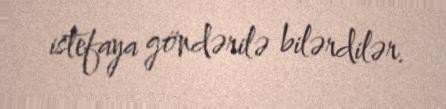
istefaya göndərilə bilərdilər.